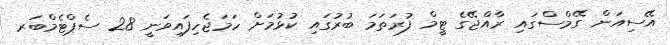
އޭސިއަން ގޭމްސްގައި ރާއްޖޭގެ ޓީމް ފުރަތަމަ ބުރުގައި ކުޅުމަށް ހަމަޖެހިފައިވަނީ 28 ސެޕްޓެމްބަރ